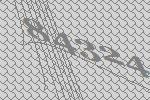
84324